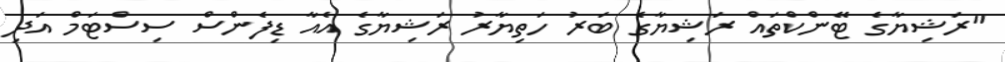
"ރަޝިޔާގެ ޓޭންކްތައް ރަޝިޔާގެ ބަރު ހަތިޔާރު ރަޝިޔާގެ އެއާ ޑިފެންސް ސިސްޓަމް އަދި